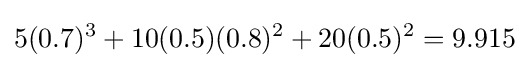
5(0.7)^{3}+10(0.5)(0.8)^{2}+20(0.5)^{2}=9.915